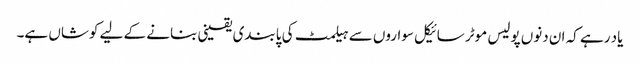
یاد رہے کہ ان دنوں پولیس موٹر سائیکل سواروں سے ہیلمٹ کی پابندی یقینی بنانے کے لیے کوشاں ہے۔